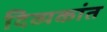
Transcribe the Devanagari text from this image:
दिव्यकांत